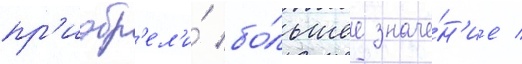
пр'иобр'ел'и́ бо́льшее значе́н'ие /